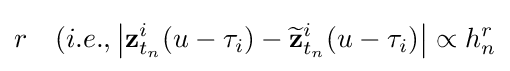
r\quad (i.e.,\left\vert \mathbf {z} _{t_{n}}^{i}\mathbf {(} u-\tau _{i}\mathbf {)} -{\widetilde {\mathbf {z} }}_{t_{n}}^{i}\mathbf {(} u-\tau _{i}\mathbf {)} \right\vert \propto h_{n}^{r}